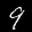
Label: 9